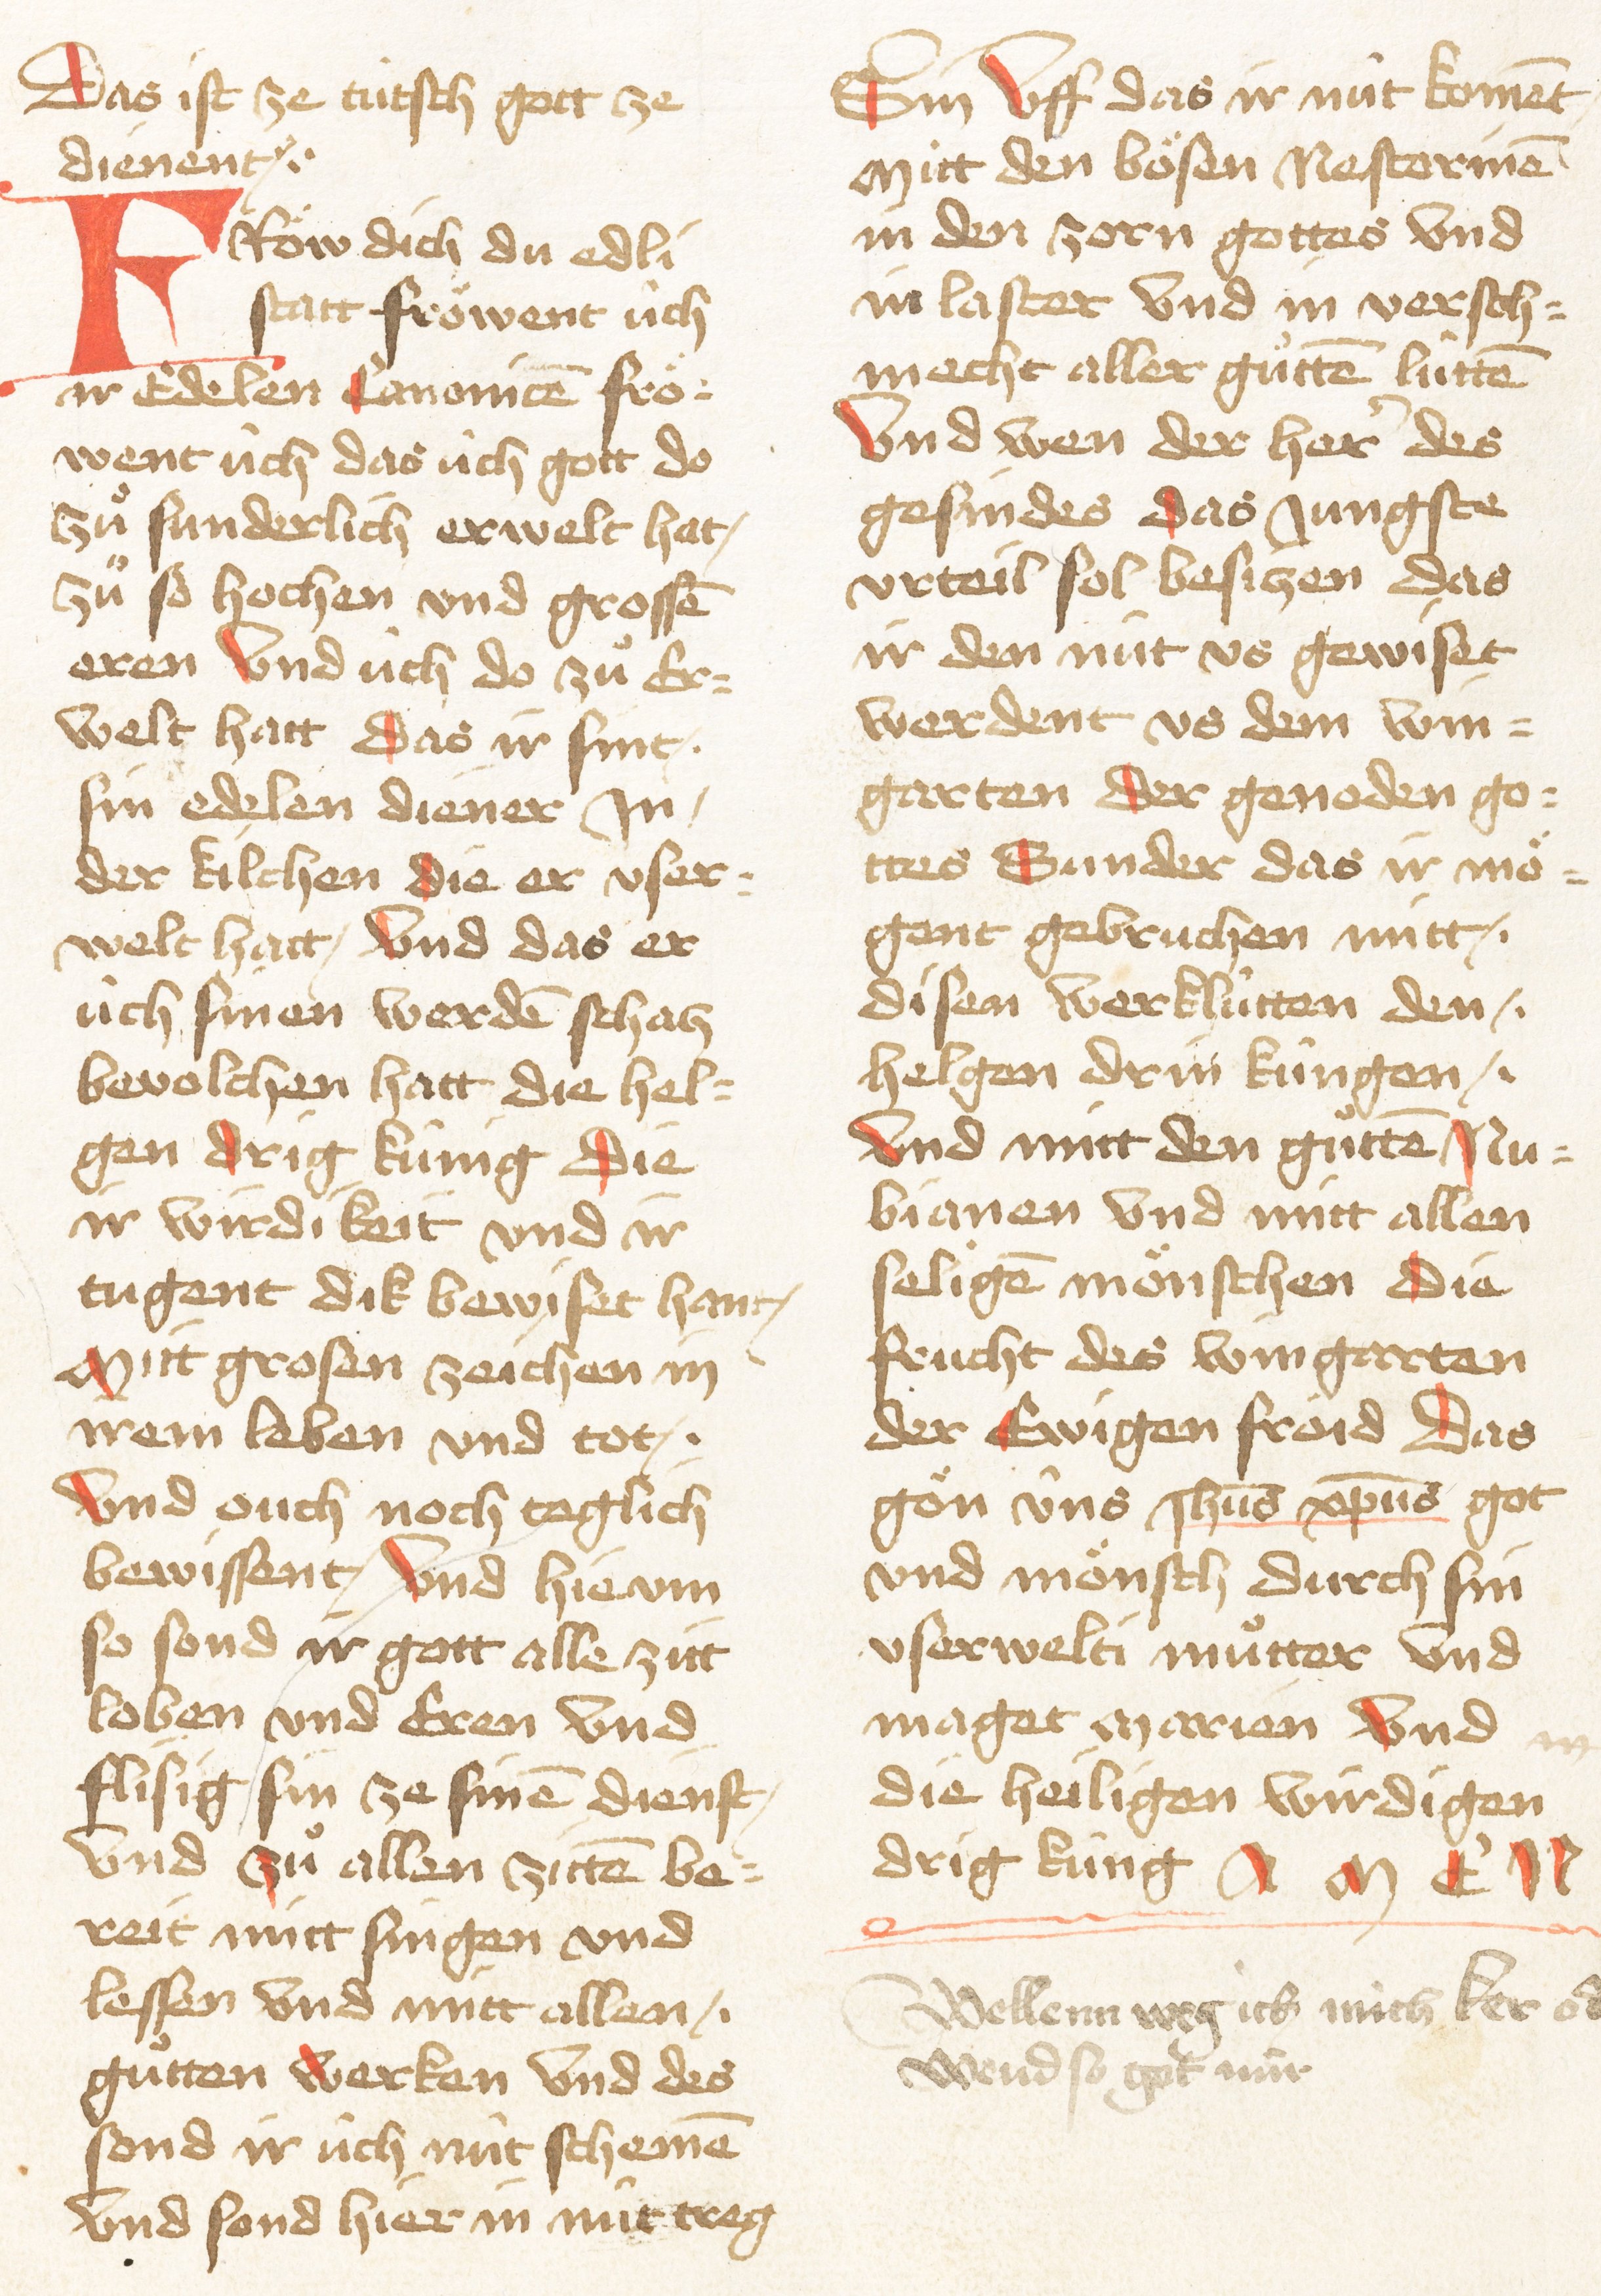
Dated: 1467–1467